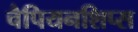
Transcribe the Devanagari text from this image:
चैपियनशिप्स